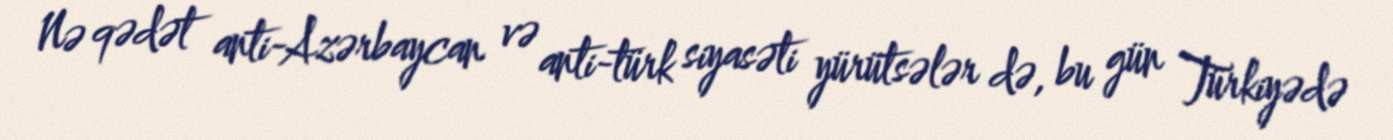
Nə qədət anti-Azərbaycan və anti-türk siyasəti yürütsələr də, bu gün Türkiyədə